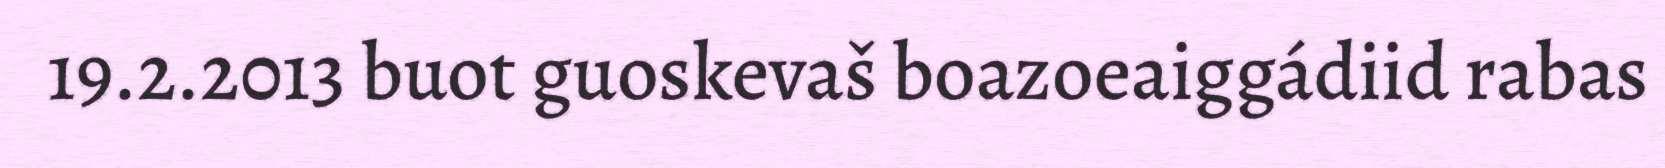
19.2.2013 buot guoskevaš boazoeaiggádiid rabas